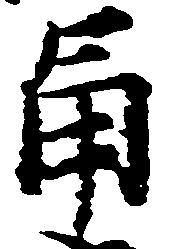
角